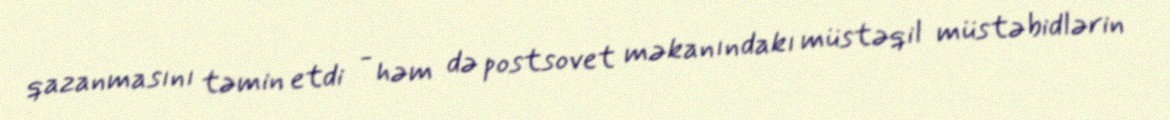
qazanmasını təmin etdi - həm də postsovet məkanındakı müstəqil müstəbidlərin